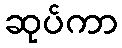
ဆုပ်ကာ